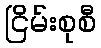
ငြိမ်းစုစီ